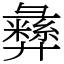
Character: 彝